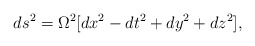
\begin{align*}ds^2 = \Omega^2[dx^2-dt^2+dy^2+dz^2], \end{align*}